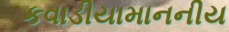
કવાડીયામાનનીય